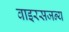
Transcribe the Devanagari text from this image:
वाइरसजन्य